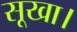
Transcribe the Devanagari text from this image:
सूखा।